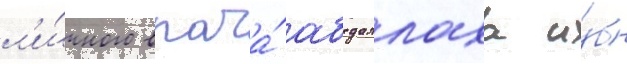
л'и́чного врача́ абдаллаха и́бн